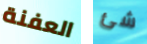
العفنة شئ